Senior Leaving Certificate Examination (including Day School Certificate (Higher) General paper), 1947
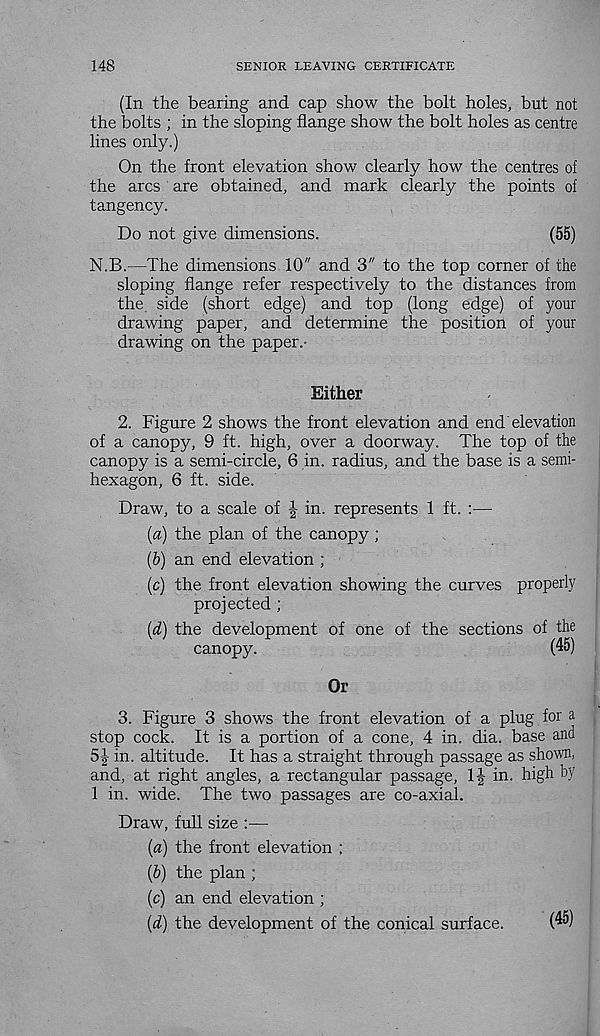
148
SENIOR LEAVING CERTIFICATE
(In the bearing and cap show the bolt holes, but not
the bolts ; in the sloping flange show the bolt holes as centre
lines only.)
On the front elevation show clearly how the centres of
the arcs are obtained, and mark clearly the points of
tangency.
Do not give dimensions.
(55)
N.B.—The dimensions 10" and 3" to the top corner of the
sloping flange refer respectively to the distances from
the side (short edge) and top (long edge) of your
drawing paper, and determine the position of your
drawing on the paper.-
Either
2. Figure 2 shows the front elevation and end'elevation
of a canopy, 9 ft. high, over a doorway. The top of the
canopy is a semi-circle, 6 in. radius, and the base is a semi-
hexagon, 6 ft. side.
Draw, to a scale of J in. represents 1 ft. :—
(a) the plan of the canopy ;
(b) an end elevation ;
(c) the front elevation showing the curves properly
projected ;
(d) the development of one of the sections of the
canopy.
(45)
Or
3. Figure 3 shows the front elevation of a plug for a
stop cock. It is a portion of a cone, 4 in. dia. base and
5J in. altitude. It has a straight through passage as shown,
and, at right angles, a rectangular passage, l! in. high by
1 in. wide. The two passages are co-axial.
Draw, full size :—
(a) the front elevation ;
(&) the plan ;
(c) an end elevation ;
(d) the development of the conical surface.
(45)